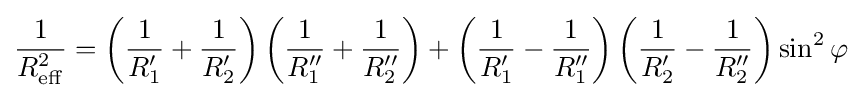
{\frac {1}{R_{\rm {eff}}^{2}}}=\left({\frac {1}{R'_{1}}}+{\frac {1}{R'_{2}}}\right)\left({\frac {1}{R''_{1}}}+{\frac {1}{R''_{2}}}\right)+\left({\frac {1}{R'_{1}}}-{\frac {1}{R''_{1}}}\right)\left({\frac {1}{R'_{2}}}-{\frac {1}{R''_{2}}}\right)\sin ^{2}\varphi